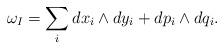
LaTeX: \begin{align*}\omega_I=\sum_idx_i\wedge dy_i+dp_i\wedge dq_i.\end{align*}